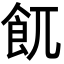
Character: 𩚌